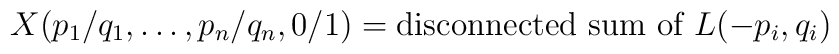
X(p_{1}/q_{1},\ldots,p_{n}/q_{n},0/1)=\mbox{disconnected sum of }L(-p_{i},q_{i})